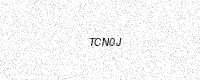
Text: TCN0J